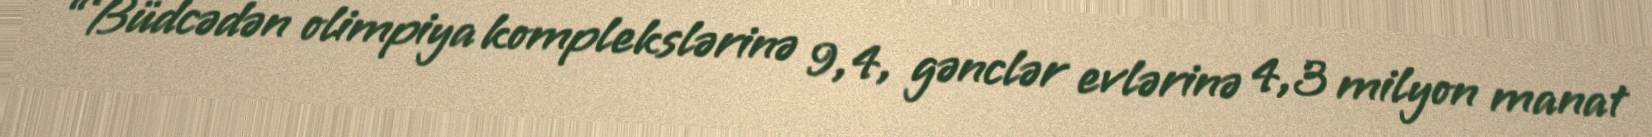
“Büdcədən olimpiya komplekslərinə 9,4, gənclər evlərinə 4,3 milyon manat